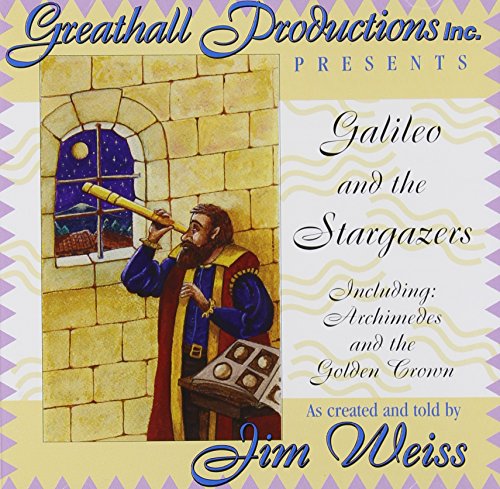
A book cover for Galileo and the Stargazers: Including Archimedes and the Golden Crown (Galileo and the Stargazers); Jim Weiss; Humor & Entertainment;